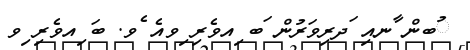
ުބން ާނއި ަދރިވަރުން ަބ ިއވެރި ިވއެ ެވ. ބަ ިއވެރި ިވ